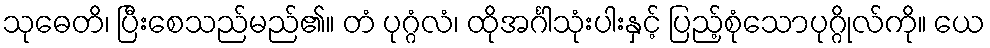
သုဓေတိ၊ ပြီးစေသည်မည်၏။ တံ ပုဂ္ဂံလံ၊ ထိုအင်္ဂါသုံးပါးနှင့် ပြည့်စုံသောပုဂ္ဂိုလ်ကို။ ယေ